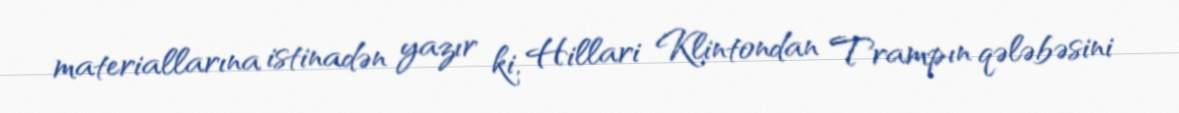
materiallarına istinadən yazır ki, Hillari Klintondan Trampın qələbəsini